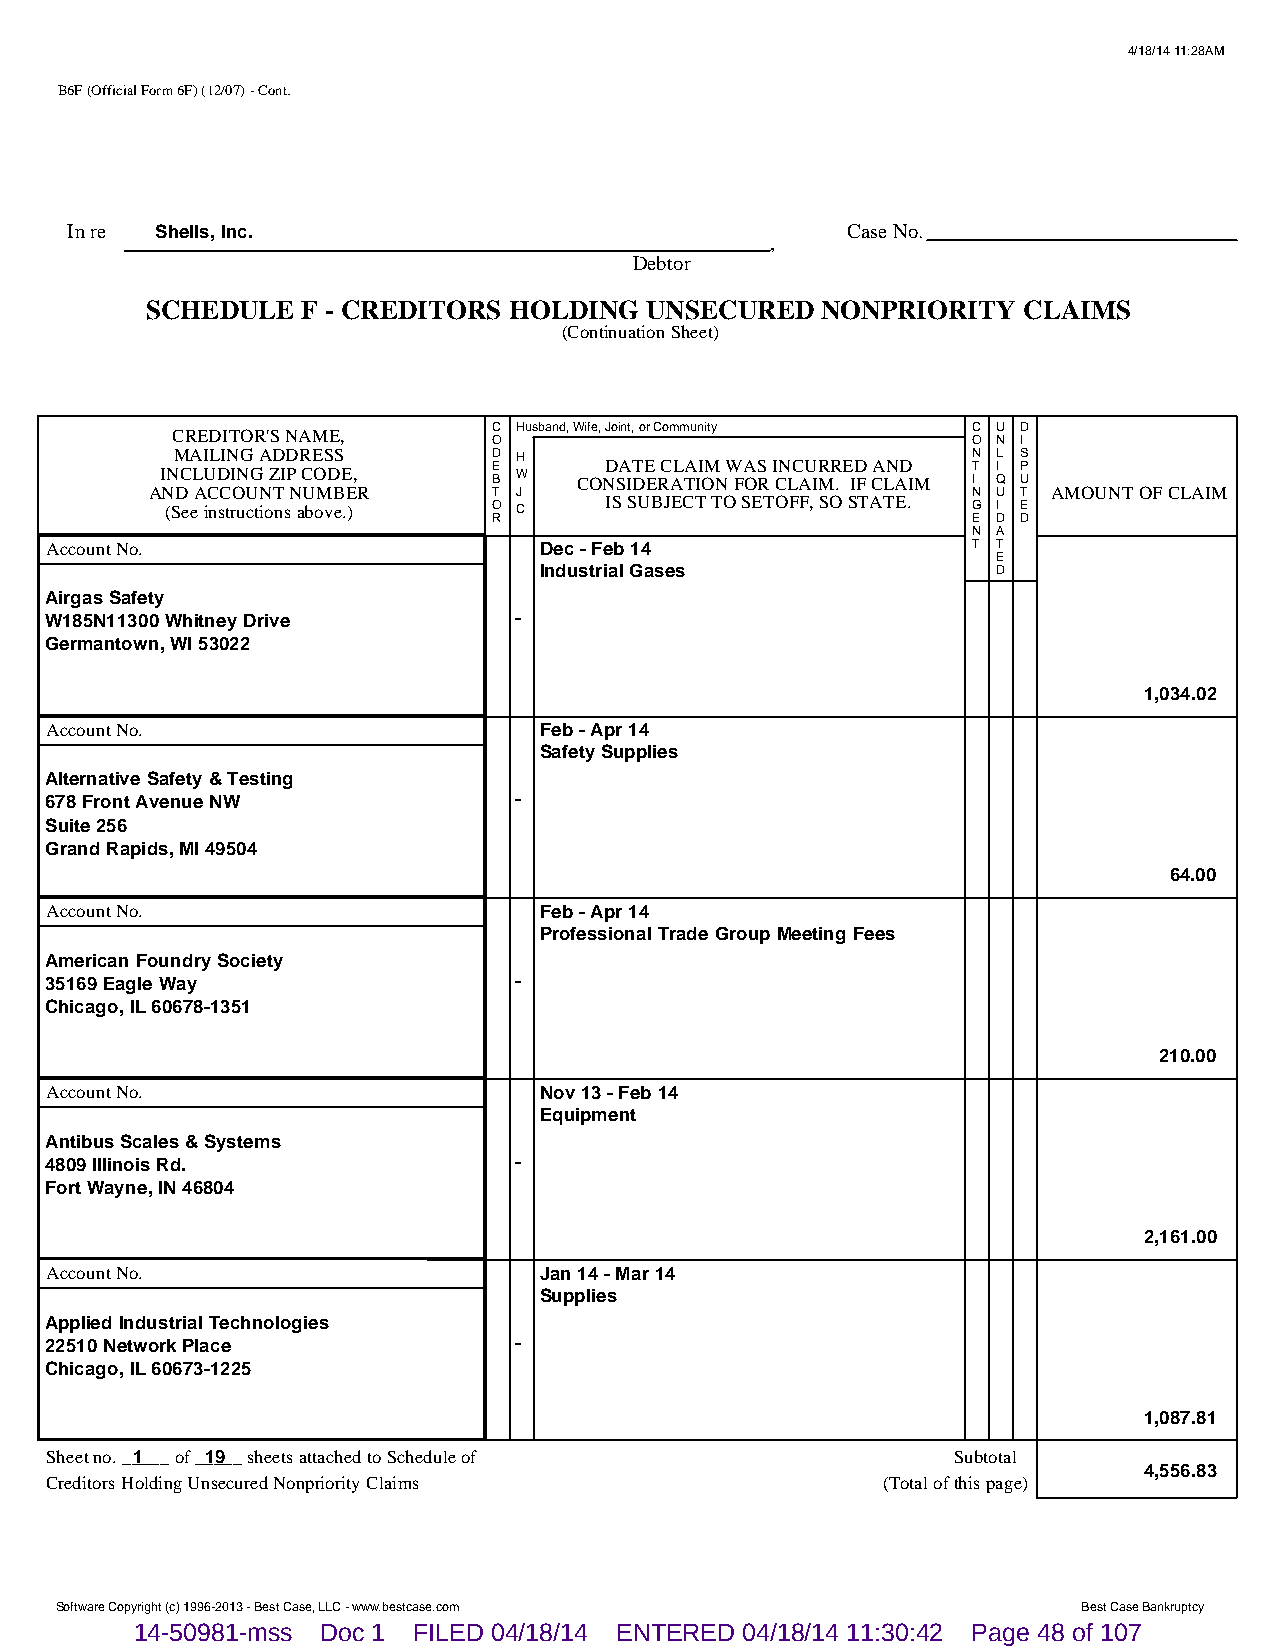
4/18/14 11:28AM
 B6F (Official Form 6F) (12/07) - Cont.
 In re Shells, Inc.                                  Case No.
 ,
 Debtor
 SCHEDULE  F - CREDITORS HOLDING  UNSECURED  NONPRIORITY   CLAIMS
 (Continuation Sheet)
 CREDITOR'S NAME,      C Husband, Wife, Joint, or Community C U D
 O                              O N I
 MAILING ADDRESS       D H                            N L S
 INCLUDING ZIP CODE,   E B W COND SA IT DE E RC AL TA II OM N W FA OS R I CN LC AU IR MR . E ID F CA LN AD IM T I I Q P U
 AND ACCOUNT NUMBER     T J                            N U T AMOUNT OF CLAIM
 (See instructions above.) O C IS SUBJECT TO SETOFF, SO STATE. G I E
 R                              E D D
 N A
 Account No.                      Dec - Feb 14                T T
 E
 Industrial Gases              D
 Airgas Safety
 W185N11300 Whitney Drive       -
 Germantown, WI 53022
 1,034.02
 Account No.                      Feb - Apr 14
 Safety Supplies
 Alternative Safety & Testing
 678 Front Avenue NW            -
 Suite 256
 Grand Rapids, MI 49504
 64.00
 Account No.                      Feb - Apr 14
 Professional Trade Group Meeting Fees
 American Foundry Society
 35169 Eagle Way                -
 Chicago, IL 60678-1351
 210.00
 Account No.                      Nov 13 - Feb 14
 Equipment
 Antibus Scales & Systems
 4809 Illinois Rd.              -
 Fort Wayne, IN 46804
 2,161.00
 Account No.                      Jan 14 - Mar 14
 Supplies
 Applied Industrial Technologies
 22510 Network Place            -
 Chicago, IL 60673-1225
 1,087.81
 Sheet no. __1___ of __1_9__ sheets attached to Schedule of  Subtotal
 4,556.83
 Creditors Holding Unsecured Nonpriority Claims         (Total of this page)
 Software Copyright (c) 1996-2013 - Best Case, LLC - www.bestcase.com Best Case Bankruptcy
 14-50981-mss Doc 1 FILED 04/18/14 ENTERED 04/18/14 11:30:42 Page 48 of 107